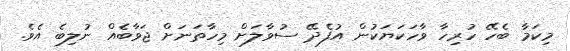
މިކަމާ ބެހޭ ހުރިހާ ވާހަކަޔަކުން އުފެދޭ ސުވާލަށް މިހާތަނަށް ޖަވާބެއް ނުލިބެ އެވެ.